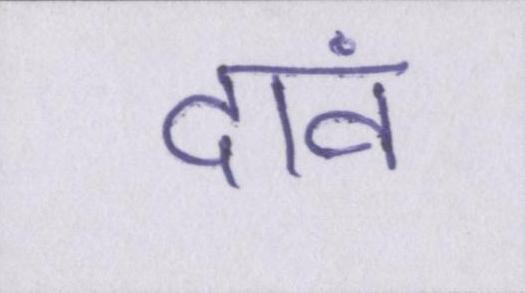
दावं